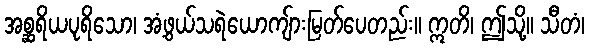
အစ္ဆရိယပုရိသော၊ အံ့ဖွယ်သရဲယောကျ်ားမြတ်ပေတည်း။ ဣတိ၊ ဤသို့။ သီတံ၊